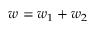
w = w _ { 1 } + w _ { 2 }